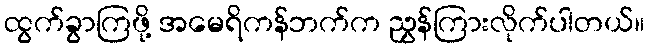
ထွက်ခွာကြဖို့ အမေရိကန်ဘက်က ညွှန်ကြားလိုက်ပါတယ်။